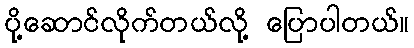
ပို့ဆောင်လိုက်တယ်လို့ ပြောပါတယ်။